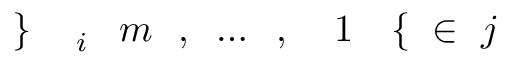
j \! \! \! \! \! \! \! \! \! \! \! \! \in \! \! \! \! \! \! \! \! \! \! \! \! \{ \! \! \! \! \! \! \! \! \! \! \! \! 1 \! \! \! \! \! \! \! \! \! \! \! \! , \! \! \! \! \! \! \! \! \! \! \! \! \ldots \! \! \! \! \! \! \! \! \! \! \! \! , \! \! \! \! \! \! \! \! \! \! \! \! m \! \! \! \! \! \! \! \! \! \! \! \! _ { i } \! \! \! \! \! \! \! \! \! \! \! \! \} \! \! \! \! \! \! \! \! \! \! \!